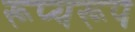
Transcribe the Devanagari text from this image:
रूप्यरूप